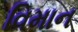
વિમાન